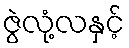
ဇွဲလုံ့လနှင့်